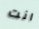
انت